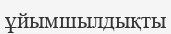
ұйымшылдықты